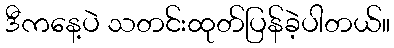
ဒီကနေ့ပဲ သတင်းထုတ်ပြန်ခဲ့ပါတယ်။